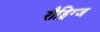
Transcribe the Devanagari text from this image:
रौड्रिग्ज